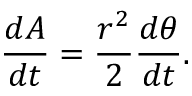
{ \frac { d A } { d t } } = { \frac { r ^ { 2 } } { 2 } } { \frac { d \theta } { d t } } .